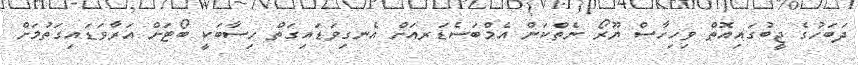
ދަބަހުގެ ޖީބުގައިއޮތް ވިހިހާސް ޔޫރޯ ނެތްކަން އެމްބަސެޑަރއަށް އެނގިވަޑައިގަތް ހިސާބަކީ ބޯޓަށް އަރާވަޑައިގަތުމަށް